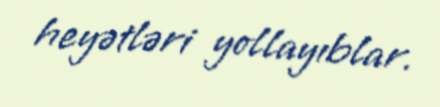
heyətləri yollayıblar.